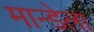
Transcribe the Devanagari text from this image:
मान्डेला